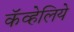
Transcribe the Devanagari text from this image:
कॅव्हेलिये